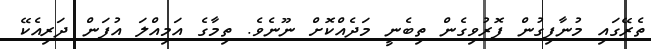
ތެރޭގައި މުނާފިގުން ފޮރުވިގެން ތިބެނީ މަދެއްކޮށް ނޫނެވެ. ތިމާގެ އަމިއްލަ އުފަން ދަރިއެކޭ